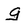
Character: g